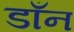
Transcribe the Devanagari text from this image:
डाँन